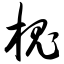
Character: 槐